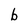
Character: b